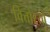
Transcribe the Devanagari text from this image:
वित्तोरयो